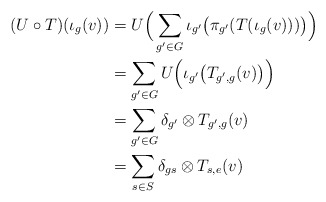
\begin{align*} (U\circ T)(\iota_g(v))&=U\Big(\sum_{g'\in G}\iota_{g'}\big(\pi_{g'}(T(\iota_g(v)))\big)\Big)\\ &=\sum_{g'\in G}U\Big(\iota_{g'}\big(T_{g', g}(v)\big)\Big)\\ &=\sum_{g'\in G}\delta_{g'}\otimes T_{g', g}(v)\\ &=\sum_{s\in S}\delta_{gs}\otimes T_{s, e}(v)\end{align*}